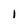
Character: I